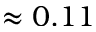
\approx 0 . 1 1